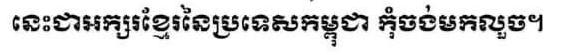
នេះជាអក្សរខ្មែរនៃប្រទេសកម្ពុជា កុំចង់មកលួច។